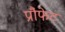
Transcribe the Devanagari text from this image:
प्रौफेट